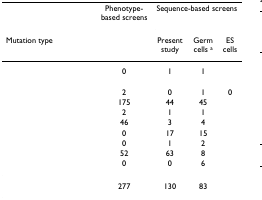
<table><thead><tr><td>[EMPTY_CELL]</td><td><b>Phenotype-based screens</b></td><td colspan="3"><b>Sequence-based screens</b></td></tr><tr><td><b>Mutation type</b></td><td>[EMPTY_CELL]</td><td><b>Present study</b></td><td><b>Germ cells <sup>a</sup></b></td><td><b>ES cells</b></td></tr></thead><tbody><tr><td>[EMPTY_CELL]</td><td>0</td><td>1</td><td>1</td><td>[EMPTY_CELL]</td></tr><tr><td>[EMPTY_CELL]</td><td>[EMPTY_CELL]</td><td>[EMPTY_CELL]</td><td>[EMPTY_CELL]</td><td>[EMPTY_CELL]</td></tr><tr><td>[EMPTY_CELL]</td><td>2</td><td>0</td><td>1</td><td>0</td></tr><tr><td>[EMPTY_CELL]</td><td>175</td><td>44</td><td>45</td><td>[EMPTY_CELL]</td></tr><tr><td>[EMPTY_CELL]</td><td>2</td><td>1</td><td>1</td><td>[EMPTY_CELL]</td></tr><tr><td>[EMPTY_CELL]</td><td>46</td><td>3</td><td>4</td><td>[EMPTY_CELL]</td></tr><tr><td>[EMPTY_CELL]</td><td>0</td><td>17</td><td>15</td><td>[EMPTY_CELL]</td></tr><tr><td>[EMPTY_CELL]</td><td>0</td><td>1</td><td>2</td><td>[EMPTY_CELL]</td></tr><tr><td>[EMPTY_CELL]</td><td>52</td><td>63</td><td>8</td><td>[EMPTY_CELL]</td></tr><tr><td>[EMPTY_CELL]</td><td>0</td><td>0</td><td>6</td><td>[EMPTY_CELL]</td></tr><tr><td>[EMPTY_CELL]</td><td>277</td><td>130</td><td>83</td><td>[EMPTY_CELL]</td></tr></tbody></table>